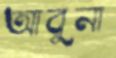
আবুনা